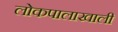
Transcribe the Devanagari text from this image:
लोकपालाखाली